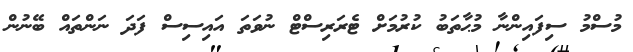
މުސްމު ސިފައިންނާ މުޙާތަބު ކުރުމަށް ޓެރަރިސްޓް ނުވަތަ އައިސިސް ފަދަ ނަންތައް ބޭނުން